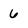
Character: 6